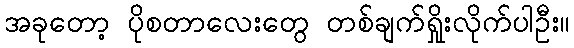
အခုတော့ ပိုစတာလေးတွေ တစ်ချက်ရှိုးလိုက်ပါဦး။